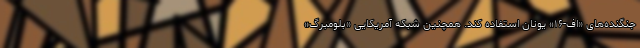
جنگنده‌های «اف-۱۶» یونان استفاده کند. همچنین شبکه آمریکایی «بلومبرگ»